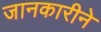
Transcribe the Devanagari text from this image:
जानकारीने